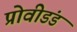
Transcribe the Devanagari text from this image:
प्रोवीडंड